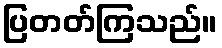
ပြတတ်ကြသည်။